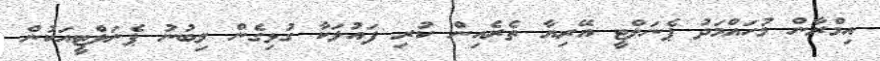
އިމްރާން މުހައްމަދު ޕެނަލްޓީ އޭރިޔާ ތެރެއިން ކުރި ފައުލަކާ ގުޅިގެން ލިބުނު ޕެނަލްޓީއަކުން